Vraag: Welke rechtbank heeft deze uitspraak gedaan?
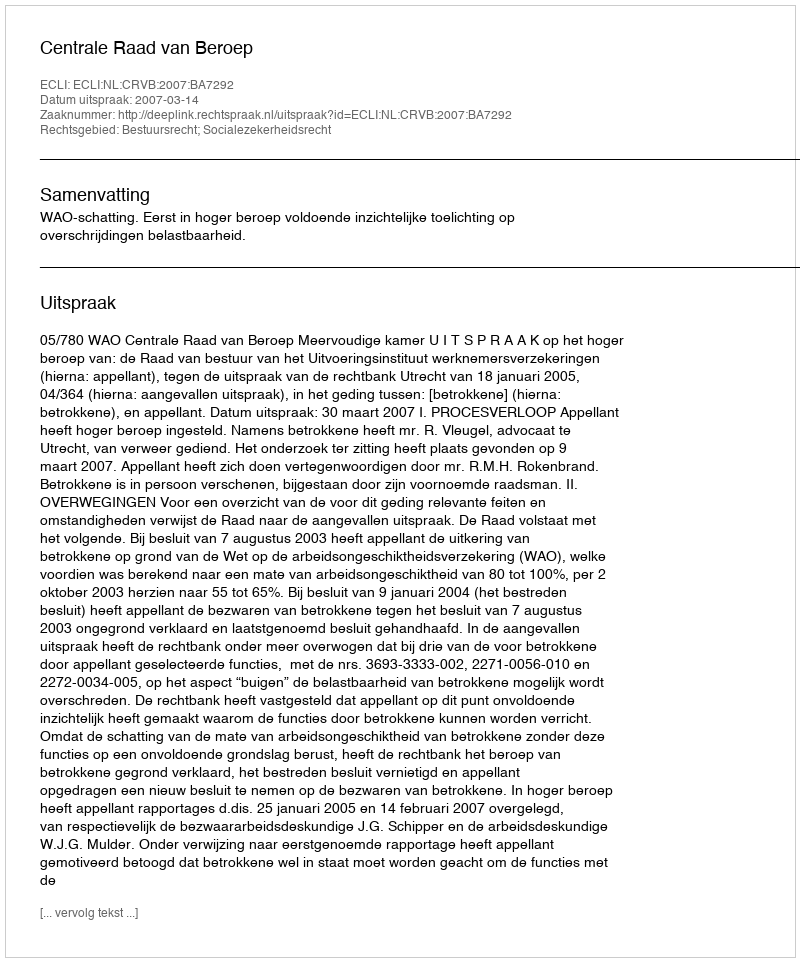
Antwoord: Centrale Raad van Beroep